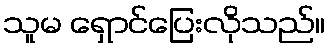
သူမ ရှောင်ပြေးလိုသည်။